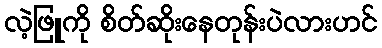
လဲ့ဖြူကို စိတ်ဆိုးနေတုန်းပဲလားဟင်